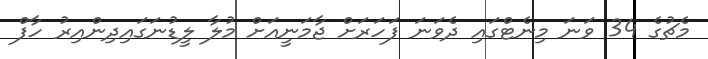
މެޗުގެ 34 ވަނަ މިނެޓްގައި ދެވަނަ ފަހަރަށް ޖާމަނީއަށް މުލާ ލީޑުނަގައިދިންއިރު ހާފް